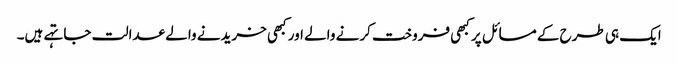
ایک ہی طرح کے مسائل پر کبھی فروخت کرنے والے اور کبھی خریدنے والے عدالت جا تہے ہیں۔